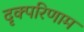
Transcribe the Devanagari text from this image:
दृक्परिणाम